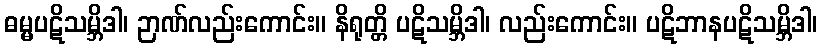
ဓမ္မပဋိသမ္ဘိဒါ၊ ဉာဏ်လည်းကောင်း။ နိရုတ္တိ ပဋိသမ္ဘိဒါ၊ လည်းကောင်း။ ပဋိဘာနပဋိသမ္ဘိဒါ၊